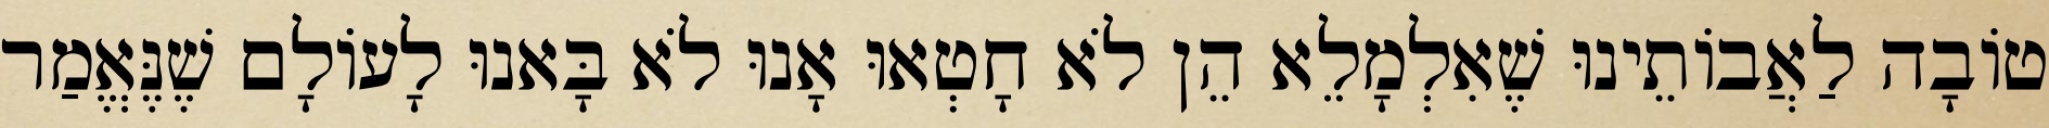
טוֹבָה לַאֲבוֹתֵינוּ שֶׁאִלְמָלֵא הֵן לֹא חָטְאוּ אָנוּ לֹא בָּאנוּ לָעוֹלָם שֶׁנֶּאֱמַר